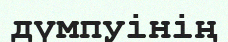
дүмпуінің